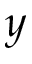
y